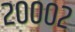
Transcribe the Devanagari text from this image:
२०००२